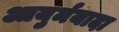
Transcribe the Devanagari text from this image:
आयुर्मयादा